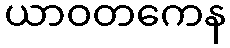
ယာဝတကေန